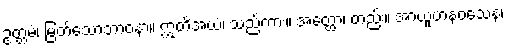
ဥတ္တမံ၊ မြတ်သောဘာဝနာ။ ဣတိအယံ၊ သည်ကား။ အတ္ထော၊ တည်း။ အာယူဟနဝသေန၊